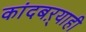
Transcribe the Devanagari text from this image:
कांदबऱ्याही